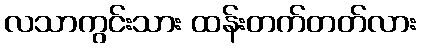
လသာကွင်းသား ထန်းတက်တတ်လား